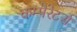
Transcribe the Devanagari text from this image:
कम्पैरेटर्स